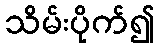
သိမ်းပိုက်၍